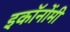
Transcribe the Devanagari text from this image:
इकॉनोंमी